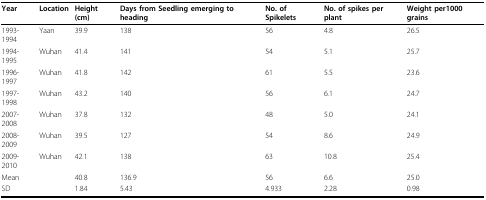
<table><thead><tr><td><b>Year</b></td><td><b>Location</b></td><td><b>Height (cm)</b></td><td><b>Days from Seedling emerging to heading</b></td><td><b>No. of Spikelets</b></td><td><b>No. of spikes per plant</b></td><td><b>Weight per1000 grains</b></td></tr></thead><tbody><tr><td>1993-1994</td><td>Yaan</td><td>39.9</td><td>138</td><td>56</td><td>4.8</td><td>26.5</td></tr><tr><td>1994-1995</td><td>Wuhan</td><td>41.4</td><td>141</td><td>54</td><td>5.1</td><td>25.7</td></tr><tr><td>1996-1997</td><td>Wuhan</td><td>41.8</td><td>142</td><td>61</td><td>5.5</td><td>23.6</td></tr><tr><td>1997-1998</td><td>Wuhan</td><td>43.2</td><td>140</td><td>56</td><td>6.1</td><td>24.7</td></tr><tr><td>2007-2008</td><td>Wuhan</td><td>37.8</td><td>132</td><td>48</td><td>5.0</td><td>24.1</td></tr><tr><td>2008-2009</td><td>Wuhan</td><td>39.5</td><td>127</td><td>54</td><td>8.6</td><td>24.9</td></tr><tr><td>2009-2010</td><td>Wuhan</td><td>42.1</td><td>138</td><td>63</td><td>10.8</td><td>25.4</td></tr><tr><td>Mean</td><td></td><td>40.8</td><td>136.9</td><td>56</td><td>6.6</td><td>25.0</td></tr><tr><td>SD</td><td></td><td>1.84</td><td>5.43</td><td>4.933</td><td>2.28</td><td>0.98</td></tr></tbody></table>